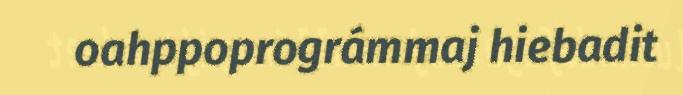
oahppoprográmmaj hiebadit